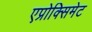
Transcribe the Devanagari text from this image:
एप्रोक्सिमेट